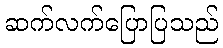
ဆက်လက်ပြောပြသည်